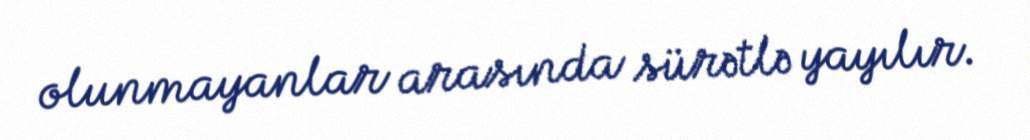
olunmayanlar arasında sürətlə yayılır.